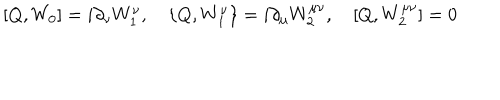
\lbrack Q , W _ { 0 } ] = i \partial _ { \nu } W _ { 1 } ^ { \nu } , \quad \{ Q , W _ { 1 } ^ { \nu } \} = i \partial _ { \mu } W _ { 2 } ^ { \mu \nu } , \quad \lbrack Q , W _ { 2 } ^ { \mu \nu } ] = 0 \nonumber